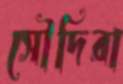
সৌদিরা